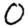
Digit: 0